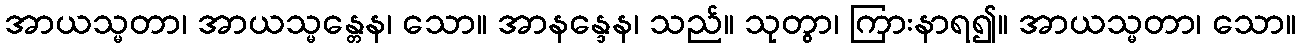
အာယသ္မတာ၊ အာယသ္မန္တေန၊ သော။ အာနန္ဒေန၊ သည်။ သုတွာ၊ ကြားနာရ၍။ အာယသ္မတာ၊ သော။